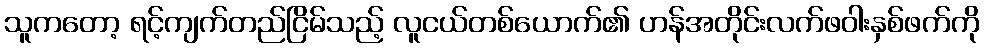
သူကတော့ ရင့်ကျက်တည်ငြိမ်သည့် လူငယ်တစ်ယောက်၏ ဟန်အတိုင်းလက်ဖဝါးနှစ်ဖက်ကို